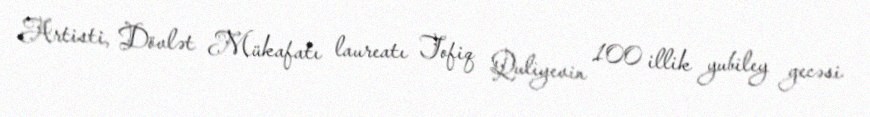
Artisti, Dövlət Mükafatı laureatı Tofiq Quliyevin 100 illik yubiley gecəsi